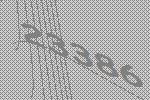
23386